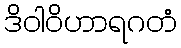
ဒိဝါဝိဟာရဂတံ